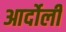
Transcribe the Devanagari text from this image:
आर्दोली